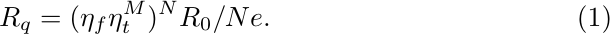
\begin{align}
    R_q=(\eta_f\eta^M_t)^N R_0/N e.\label{Rquantum}
\end{align}